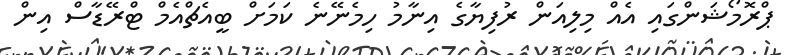
ޕްރޮމޯޝަންގައި އެއް މިލިއަން ރުފިޔާގެ އިނާމު ހިމެނޭނެ ކަމަށް ބީއެޗްއެމް ޓްރޭޑާސް އިން